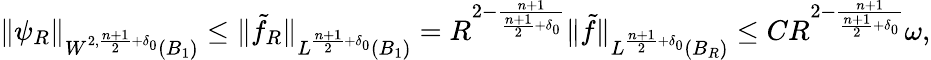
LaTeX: \begin{array}{r}{\| \psi_{R}\| _{W^{2,\frac{n+1}{2}+\delta_{0}}(B_{1})}\leq\| \tilde{f}_{R}\| _{L^{\frac{n+1}{2}+\delta_{0}}(B_{1})}=R^{2-\frac{n+1}{\frac{n+1}{2}+\delta_{0}}}\| \tilde{f}\| _{L^{\frac{n+1}{2}+\delta_{0}}(B_{R})}\leq CR^{2-\frac{n+1}{\frac{n+1}{2}+\delta_{0}}}\omega,}\end{array}